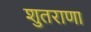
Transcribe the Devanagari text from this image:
शुतराणा